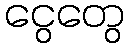
ငွေတွေ